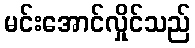
မင်းအောင်လှိုင်သည်